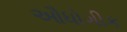
ઔધોગીક